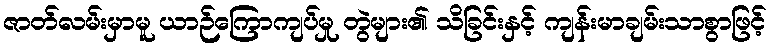
ဇာတ်လမ်းမှာမူ ယာဉ်ကြောကျပ်မှု တွဲများ၏ သိခြင်းနှင့် ကျန်းမာချမ်းသာစွာဖြင့်